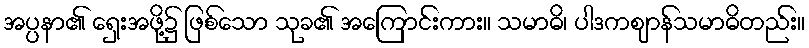
အပ္ပနာ၏ ရှေးအဖို့၌ ဖြစ်သော သုခ၏ အကြောင်းကား။ သမာဓိ၊ ပါဒကဈာန်သမာဓိတည်း။